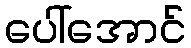
ပေါ်အောင်